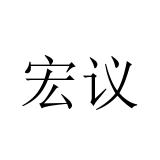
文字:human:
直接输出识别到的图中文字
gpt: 宏议